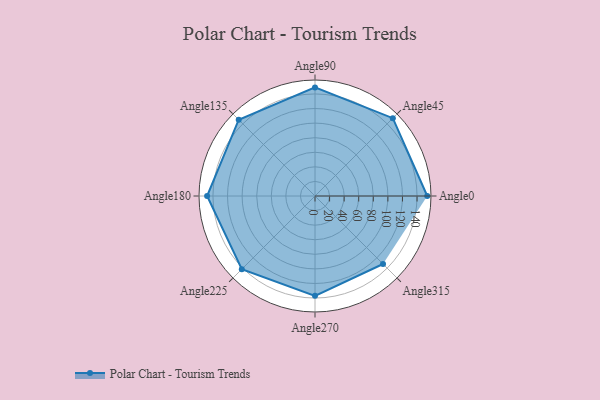
{"axis": {"x": "Angle", "y": "Radius"}, "legend": [""], "data": [{"x": "Angle0", "y": 154.0, "type": ""}, {"x": "Angle45", "y": 151.0, "type": ""}, {"x": "Angle90", "y": 149.0, "type": ""}, {"x": "Angle135", "y": 148.0, "type": ""}, {"x": "Angle180", "y": 148.0, "type": ""}, {"x": "Angle225", "y": 142.0, "type": ""}, {"x": "Angle270", "y": 137.0, "type": ""}, {"x": "Angle315", "y": 132.0, "type": ""}]}